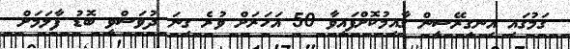
ގަމުގައި އިނގިރޭސީން ގާއިމުކޮށްފައިވާ 50 އަހަރަށް ވުރެ ގިނަ ދުވަސްވީ ބޮޑު ފާލަމަށް